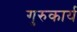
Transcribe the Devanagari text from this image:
गुरुकार्य